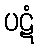
ပဋံ